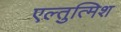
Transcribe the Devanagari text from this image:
एल्तुत्मिश